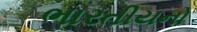
ભારતીયનો